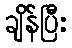
ချိန်ပြီး